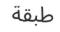
طبقة